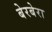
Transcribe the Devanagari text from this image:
बेरबेरा